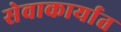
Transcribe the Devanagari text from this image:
सेवाकार्यात